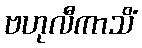
ဗဟုလီကာသိံ